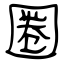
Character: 圏